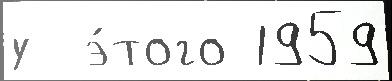
у  э́того 1959